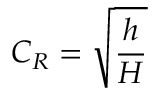
C _ { R } = { \sqrt { \frac { h } { H } } }